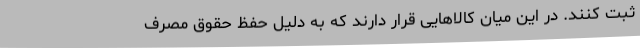
ثبت کنند. در این میان کالاهایی قرار دارند که به دلیل حفظ حقوق مصرف